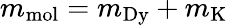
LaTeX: m_{\mathrm{mol}}=m_{\mathrm{Dy}}+m_{\mathrm{K}}